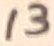
Text: 13